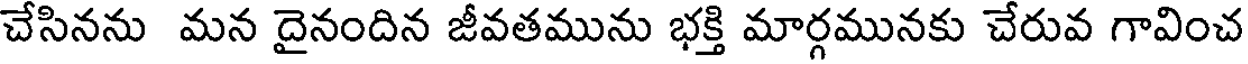
చేసినను మన దైనందిన జీవతమును భక్తి మార్గమునకు చేరువ గావించ